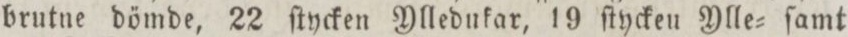
brutne dömde, 22 ſtycken Ylledukar, 19 ſtycken Ylle= ſamt